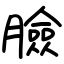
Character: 臉